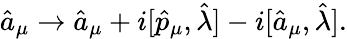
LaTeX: \hat{a}_{\mu}\rightarrow\hat{a}_{\mu}+i[\hat{p}_{\mu},\hat{\lambda}]-i[\hat{a}_{\mu},\hat{\lambda}].